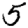
Digit: 5